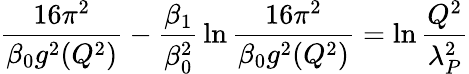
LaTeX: {\frac{16\pi^{2}}{\beta_{0}g^{2}(Q^{2})}}-{\frac{\beta_{1}}{\beta_{0}^{2}}}\ln{\frac{16\pi^{2}}{\beta_{0}g^{2}(Q^{2})}}=\ln{\frac{Q^{2}}{\lambda_{P}^{2}}}